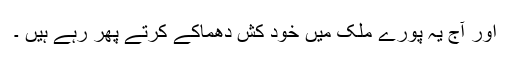
اور آج یہ پورے ملک میں خود کش دھماکے کرتے پھر رہے ہیں ۔